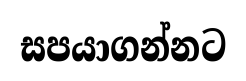
සපයාගන්නට